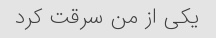
یکی از من سرقت کرد